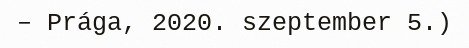
– Prága, 2020. szeptember 5.)